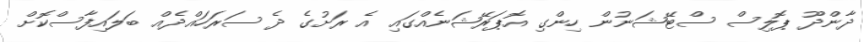
ދާންދޫ ޕޮލިސް ސްޓޭޝަނުން ހިންގި އޮޕަރޭޝަނެއްގައި އެ ރަށުގެ ދެ ސަރަހައްދެއް ބަލައިފާސްކޮށް